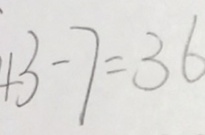
4 3 - 7 = 3 6